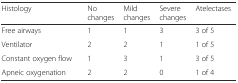
| Histology | No changes | Mild changes | Severe changes | Atelectases |
 | --- | --- | --- | --- | --- |
 | Free airways | 1 | 1 | 3 | 3 of 5 |
 | Ventilator | 2 | 2 | 1 | 1 of 5 |
 | Constant oxygen flow | 1 | 3 | 1 | 3 of 5 |
 | Apneic oxygenation | 2 | 2 | 0 | 1 of 4 |